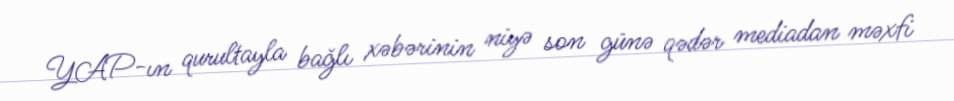
YAP-ın qurultayla bağlı xəbərinin niyə son günə qədər mediadan məxfi